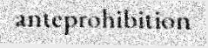
anteprohibition